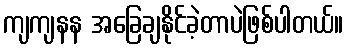
ကျကျနန အခြေချနိုင်ခဲ့တာပဲဖြစ်ပါတယ်။